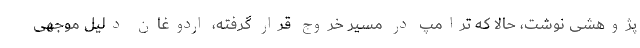
پژوهشی نوشت، حالا که ترامپ در مسیر خروج قرار گرفته، اردوغان دلیل موجهی